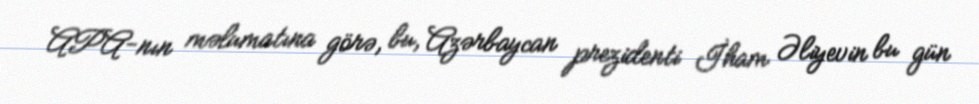
APA-nın məlumatına görə, bu, Azərbaycan prezidenti İham Əliyevin bu gün